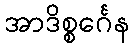
အာဒိစ္စင်္ဂေန